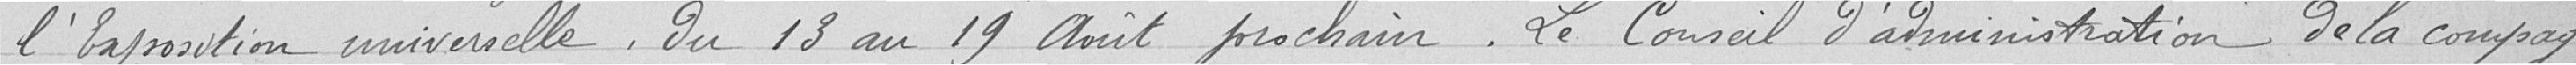
l'Exposition Universelle. Du 13 au 19 août prochain. Le Conseil d'administration de la compagnie